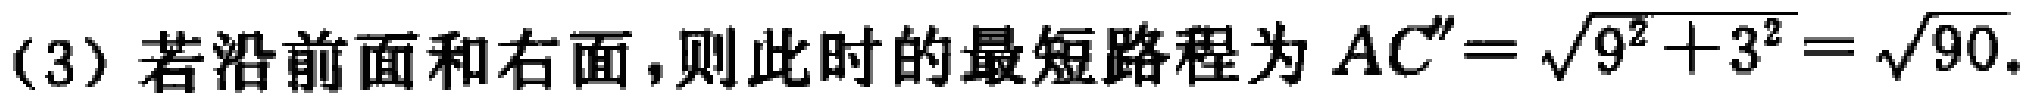
(3) 若沿前面和右面,则此时的最短路程为 \(AC''=\sqrt{9^{2}+3^{2}}=\sqrt{90}\).